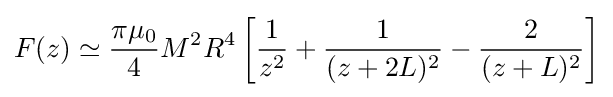
F(z)\simeq {\frac {\pi \mu _{0}}{4}}M^{2}R^{4}\left[{\frac {1}{z^{2}}}+{\frac {1}{(z+2L)^{2}}}-{\frac {2}{(z+L)^{2}}}\right]